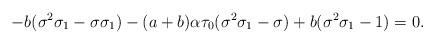
LaTeX: \begin{align*}-b (\sigma^2 \sigma_1 - \sigma \sigma_1) - (a+b) \alpha \tau_0 (\sigma^2 \sigma_1 - \sigma) + b(\sigma^2 \sigma_1 - 1) = 0.\end{align*}